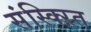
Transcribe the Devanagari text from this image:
संस्क्ऱित